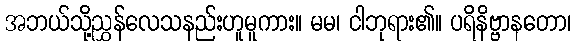
အဘယ်သို့ညွှန်လေသနည်းဟူမူကား။ မမ၊ ငါဘုရား၏။ ပရိနိဗ္ဗာနတော၊